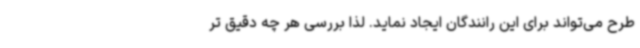
طرح می‌تواند برای این رانندگان ایجاد نماید. لذا بررسی هر چه دقیق تر